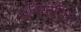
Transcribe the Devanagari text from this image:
सुनियोचित